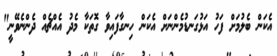
އެކަން ބެލުމަށް ފަހު އަޅުގަނޑުމެންނަށް އެކަން ހިނގާފައިވާ ގޮތަކާ މެދު އެއްޗެއް ދެންނެވޭނީ"